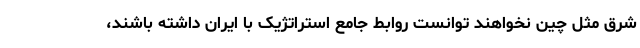
شرق مثل چین نخواهند توانست روابط جامع استراتژیک با ایران داشته باشند،